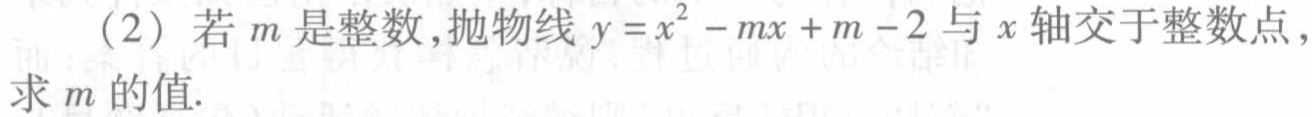
（2）若\(m\)是整数，抛物线\(y = x^{2}-mx + m - 2\)与\(x\)轴交于整数点，求\(m\)的值.